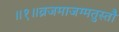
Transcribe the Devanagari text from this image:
॥१॥व्रजमाजग्मतुस्तौ